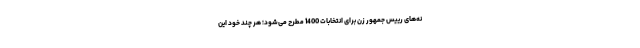
نه‌های رییس جمهور زن برای انتخابات 1400 مطرح می‌شود؛ هر چند خود این